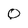
Character: O